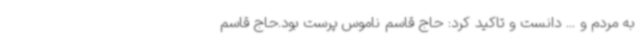
به مردم و ... دانست و تاکید کرد: حاج قاسم ناموس پرست بود.حاج قاسم